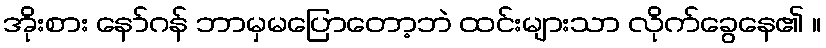
အိုးစား နော်ဂန် ဘာမှမပြောတော့ဘဲ ထင်းများသာ လိုက်ခွေနေ၏ ။